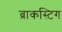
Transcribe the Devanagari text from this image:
ब्राकस्टिग